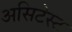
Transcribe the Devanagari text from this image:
असिटेस्ट